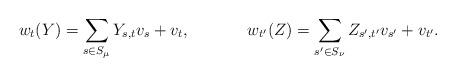
LaTeX: \begin{align*}w_t(Y) = \sum_{s \in S_\mu} Y_{s,t}v_s + v_t,&&w_{t'}(Z) = \sum_{s' \in S_{\nu}} Z_{s',t'}v_{s'} + v_{t'}.\end{align*}